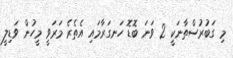
މި ގަބުރުސްތާނަކީ 2 ވަނަ ބޮޑޮ ހަނގަރާމައި އެތެރެ މަރަވީ މީހުން ވަޑިލީ